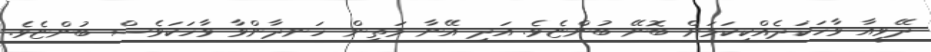
ދޭވީއާ ވާހަކަދެއްކިކަމަށް ބޮނޭ ބުންޏެވެ. އަދި އޭނާ މަތިން ހަނދާންވާ ވާހަކަވެސް ބުންޏެވެ.